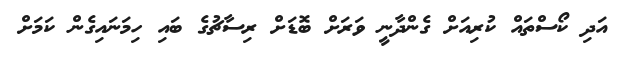
އަދި ކޯސްތައް ކުރިއަށް ގެންދާނީ ވަރަށް ބޮޑަށް ރިސާޗުގެ ބައި ހިމަނައިގެން ކަމަށް